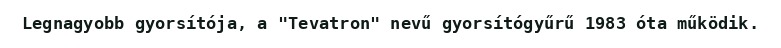
Legnagyobb gyorsítója, a "Tevatron" nevű gyorsítógyűrű 1983 óta működik.